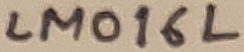
Text: LM016L